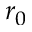
r _ { 0 }